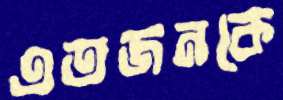
এতজনকে